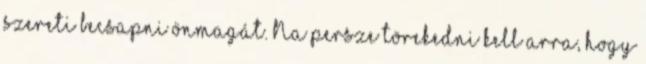
szereti becsapni önmagát. Na persze törekedni kell arra, hogy